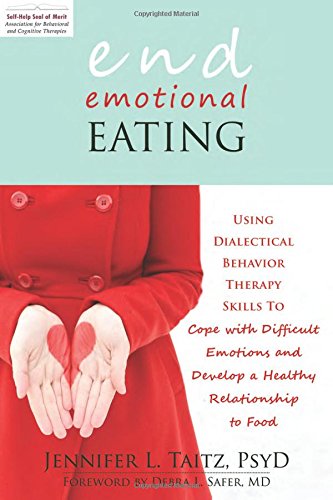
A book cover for End Emotional Eating: Using Dialectical Behavior Therapy Skills to Cope with Difficult Emotions and Develop a Healthy Relationship to Food; Jennifer Taitz PsyD; Self-Help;